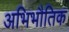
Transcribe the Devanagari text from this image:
अभिभौतिक